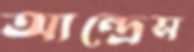
আন্দ্রেস